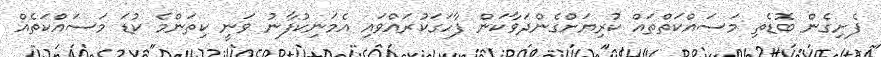
ފެށިގެން ބޮޑެތި މަސައްކަތްތައް ކުރިޔަށްގެންދަވާކަން ފާހަގަކުރައްވައި އެމަނިކުފާނު ވަނީ ކިތަންމެ ކުޑަ މަސައްކަތެއް